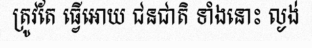
ត្រូវតែ ធ្វើអោយ ជនជាតិ ទាំងនោះ ល្ងង់